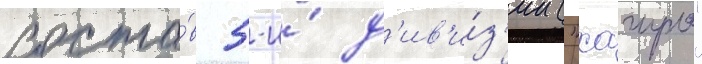
соста́в 5-и́ д'ив'и́з'ии ("хагуро"